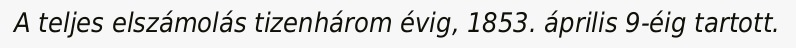
A teljes elszámolás tizenhárom évig, 1853. április 9-éig tartott.